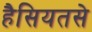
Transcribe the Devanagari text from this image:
हैसियतसे